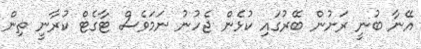
އޭނާ ބުނީ ރަށުން ބޭރުގައި ކުޅެން ޖެހުނު ނަމަވެސް ޓާގެޓް ކުރާނީ ތިން